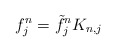
\begin{align*} f^n_j = \tilde{f}^n_j K_{n,j}\end{align*}